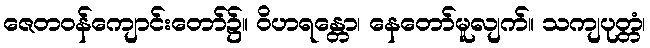
ဇေတဝန်ကျောင်းတော်၌။ ဝိဟရန္တော၊ နေတော်မူလျက်။ သကျပုတ္တံ၊